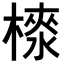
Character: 𣙉